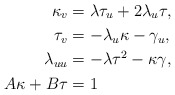
\begin{align*}\kappa_{v} & =\lambda\tau_{u}+2\lambda_{u}\tau,\\\tau_{v} & =-\lambda_{u}\kappa-\gamma_{u},\\\lambda_{uu} & =-\lambda\tau^{2}-\kappa\gamma,\\A\kappa+B\tau & =1\end{align*}